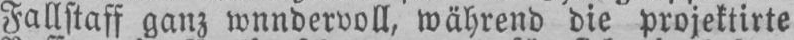
Fallstaff ganz wnndervoll, während die projektirte